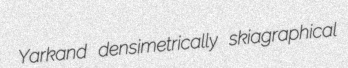
Yarkand densimetrically skiagraphical